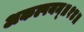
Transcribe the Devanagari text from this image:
अकल्पयन्॥१४॥